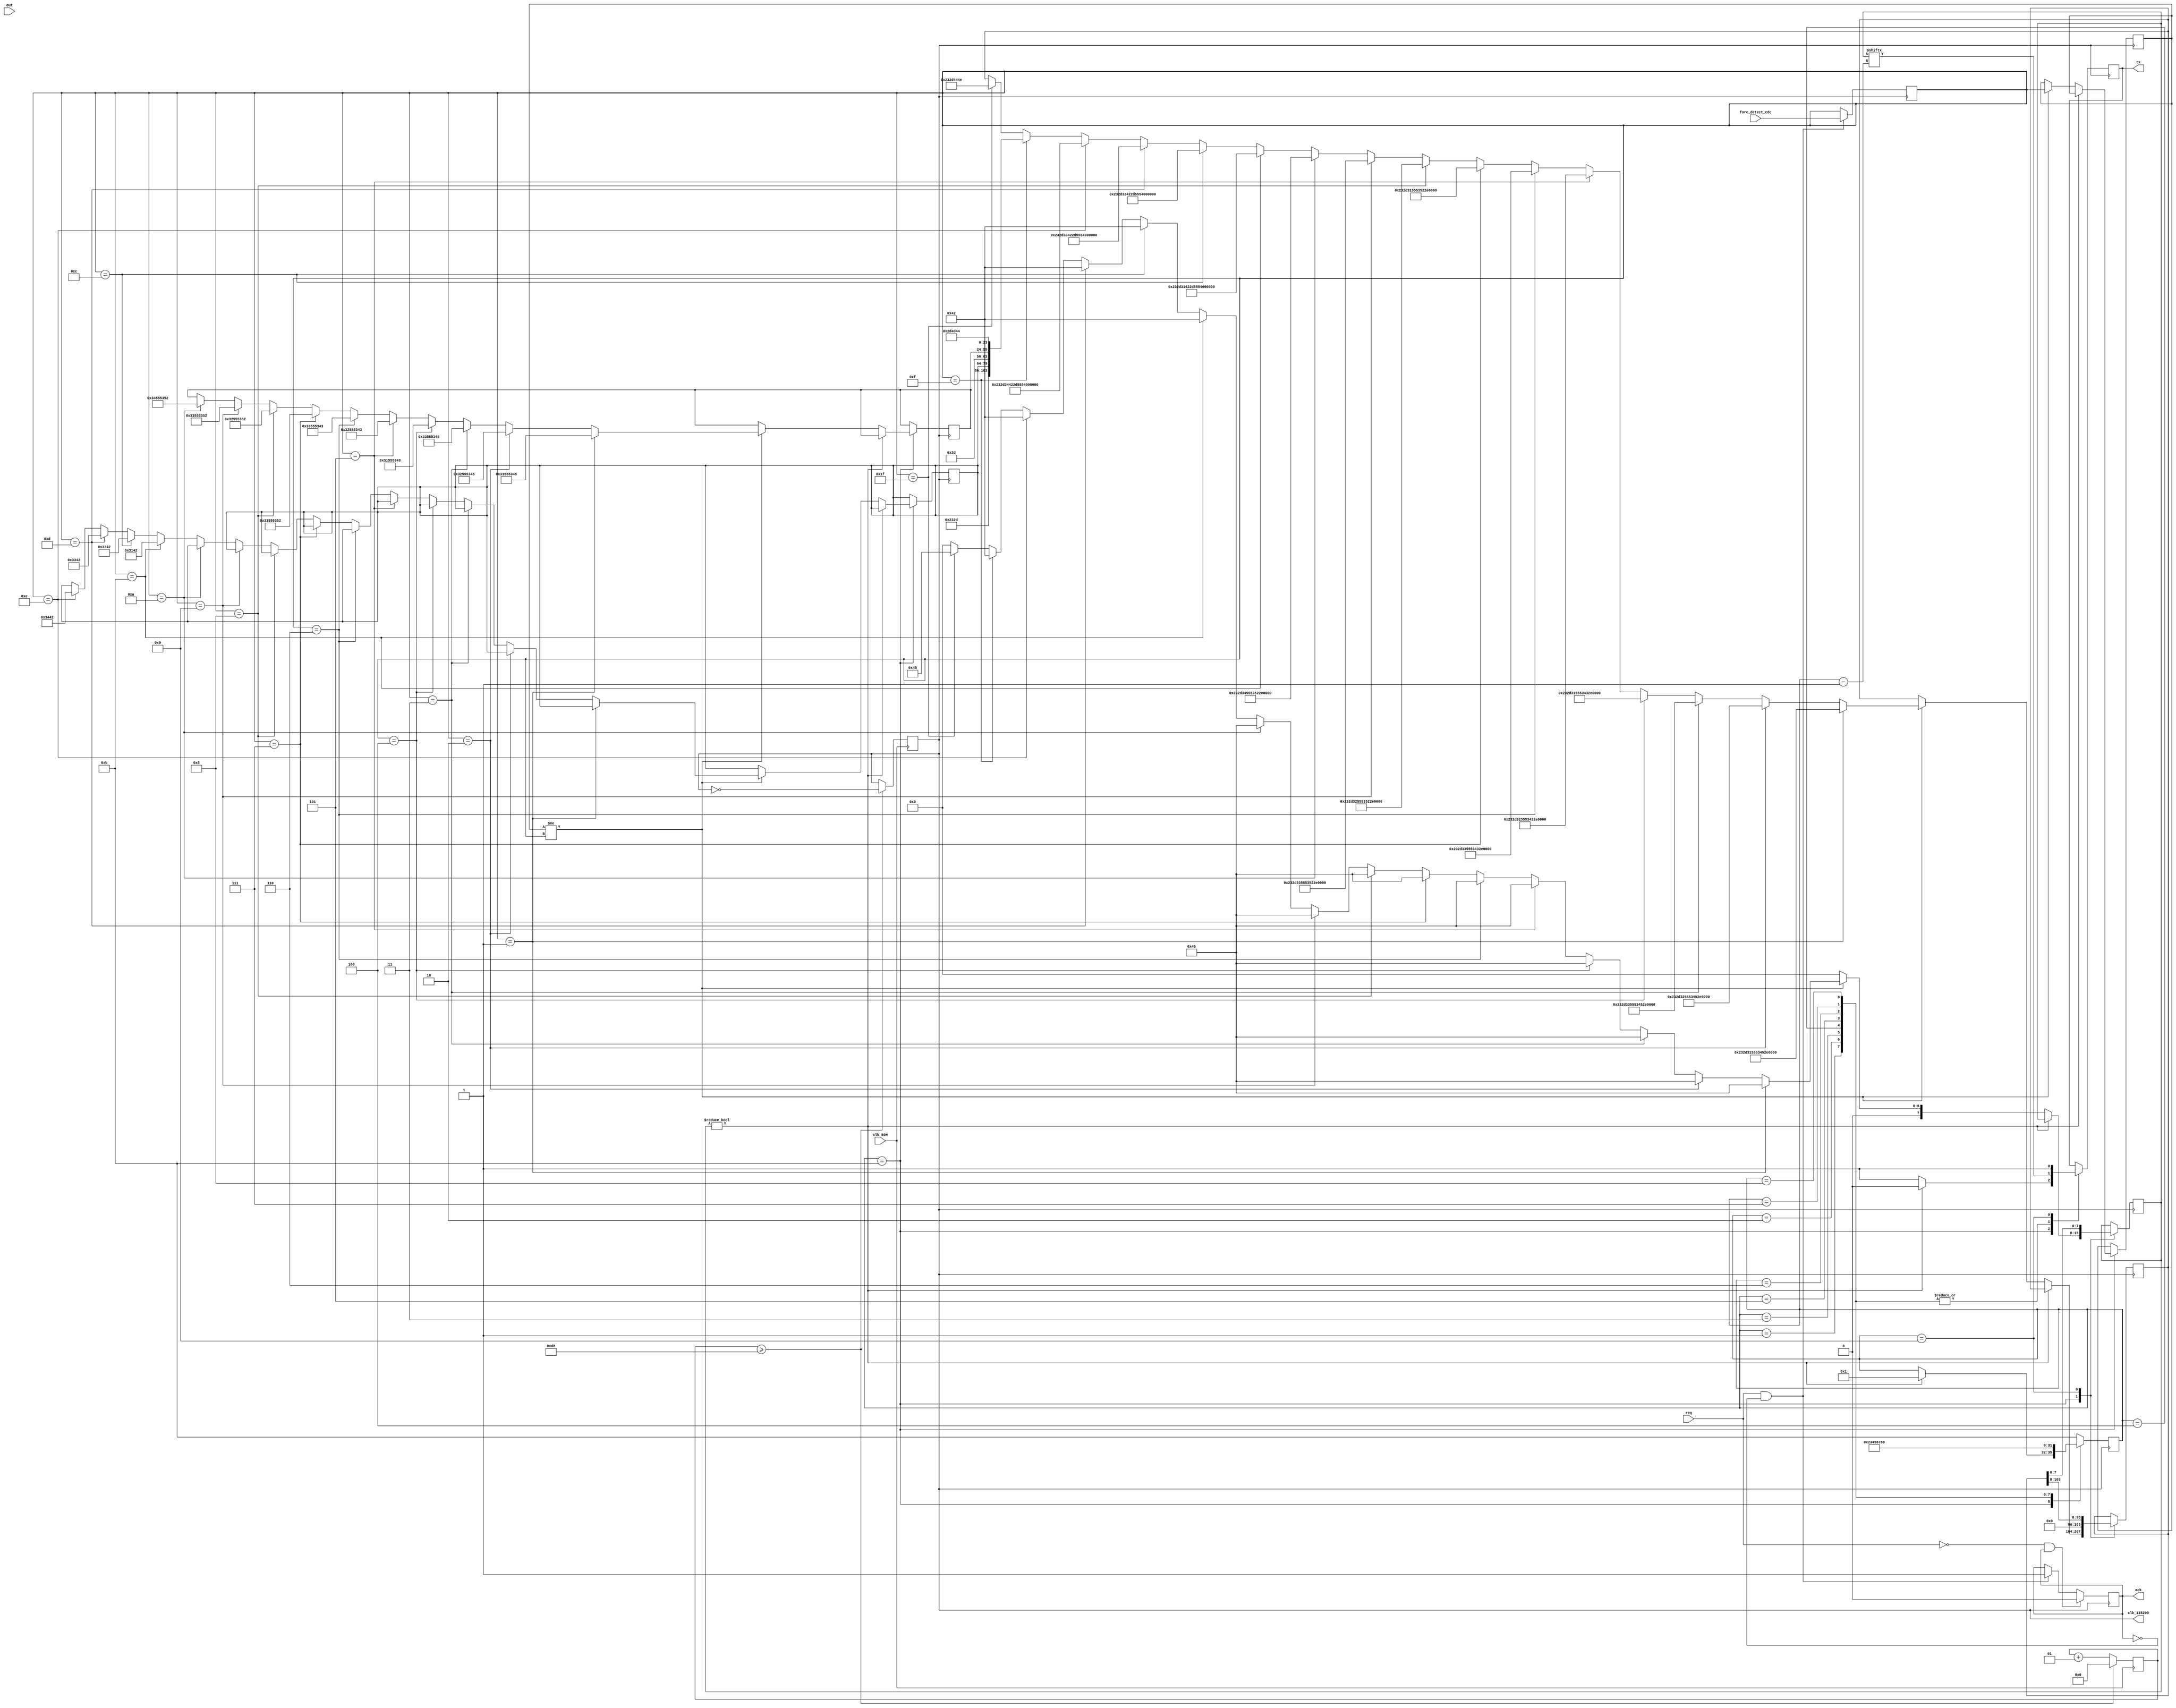
/*
# Team ID:          2396
# Theme:            AstroTinker Bot
# Author List:      Anirudh bhogi
# Filename:         uart_tx
# File Description: Used to transmit appropriate messages from AB to CH
# Global variables: None
*/
module uart_tx(
    input  clk_50M,
	 input out,
	 input  [4:0] forc_detect_cdc,
    output reg tx,
	 input req,
	 output reg ack,
	 output reg clk_115200
);
integer count=0;
integer j=0;//Index of 10 bits(inlcuding start and stop bits) of the 8 bit word that is being transmitted
parameter S0=0,S1=1,S2=2,S3=3,S4=4,S5=5,S6=6,S7=7,S8=8,S9=9,S10=10,idle =11;
reg [3:0] state=idle;
reg [4:0] prev_forc;
integer counter=216;
integer index=0;
reg [103:0] memory;
reg [7:0] data;
reg [4:0] forc_detect;
integer base;
reg cdc_state;
reg flag = 0;
reg [4:0]   ESU1 = 5'd1,
				ESU2 = 5'd2,
				ESU3 = 5'd3,
				CSU1 = 5'd4,
				CSU2 = 5'd5,
				CSU3 = 5'd6,
				RSU1 = 5'd7,
				RSU2 = 5'd8,
				RSU3 = 5'd9,
				RSU4 = 5'd10,
				B1	  = 5'd11,
				B2	  = 5'd12,
				B3   = 5'd13,
				B4   = 5'd14,
				BDM  = 5'd15,
				STOP = 5'd31;
reg [31:0] unit_name;
reg [15:0] block_name;
initial begin
	tx = 1; clk_115200 = 0; memory = 0; data = 0; flag = 0; unit_name = 0; block_name = 0; prev_forc = 5'b0; forc_detect = 5'b0; ack = 1'b0; cdc_state = S0;
end

/*
Purpose:
Generation of 115200 Hz clock to achieve data transmission at the standard 115200 baud rate */	
always @(posedge clk_50M)
begin
	if(counter>=216)
	begin
		clk_115200<=~clk_115200;
		counter<=0;
	end
	
	else
	begin
		counter<=counter+1;
	end
end

/*
Purpose:
FSM implementation of tramitter part of uart
*/	
always @(posedge clk_115200)
begin
	case(state)
	 idle: begin 
					if(data!=0) 
					 begin state<=S1;tx<=0; end
					 else
					 begin tx<=1;
							 if(prev_forc!=forc_detect)
						    begin 
								begin
									case(forc_detect)
										ESU1 : begin memory <= "#-1USE-MI"; data <= "F";  unit_name <= "1USE"; end
										ESU2 : begin memory <= "#-2USE-MI"; data <= "F";  unit_name <= "2USE"; end
										ESU3 : begin memory <= "#-3USE-MI"; data <= "F";  unit_name <= "3USE"; end
										CSU1 : begin memory <= "#-1USC-MI"; data <= "F";  unit_name <= "1USC"; end
										CSU2 : begin memory <= "#-2USC-MI"; data <= "F";  unit_name <= "2USC"; end
										CSU3 : begin memory <= "#-3USC-MI"; data <= "F";  unit_name <= "3USC"; end
										RSU1 : begin memory <= "#-1USR-MI"; data <= "F";  unit_name <= "1USR"; end
										RSU2 : begin memory <= "#-2USR-MI"; data <= "F";  unit_name <= "2USR"; end
										RSU3 : begin memory <= "#-3USR-MI"; data <= "F";  unit_name <= "3USR"; end
										RSU4 : begin memory <= "#-4USR-MI"; data <= "F";  unit_name <= "4USR"; end
										B1	  : begin memory <= "#-1B-US-MP";data <= "B";  block_name <= "1B"; end
										B2	  : begin memory <= "#-2B-US-MP";data <= "B";  block_name <= "2B"; end
										B3	  : begin memory <= "#-3B-US-MP";data <= "B";  block_name <= "3B"; end
										B4	  : begin memory <= "#-4B-US-MP";data <= "B";  block_name <= "4B"; end
										BDM  : begin memory <= {"#-",block_name,"-",unit_name,"-MD"}; data <= "B"; end
										STOP : begin memory <= "#-DN"; data <= "E"; end
										default : begin data <= 0; end
									 endcase
								 end
								flag <= 0;
								prev_forc <= forc_detect;
							 end
							 else
								data <= 0;
					 end
			 end
		//S0: begin tx<=0;state<=S1; end
		S1: begin state<=S2;tx<=data[state-1]; end
		S2: begin state<=S3;tx<=data[state-1]; end
		S3: begin state<=S4;tx<=data[state-1]; end
		S4: begin state<=S5;tx<=data[state-1]; end
		S5: begin state<=S6;tx<=data[state-1]; end
		S6: begin state<=S7;tx<=data[state-1]; end
		S7: begin state<=S8;tx<=data[state-1]; end
		S8: begin state<=S9;tx<=data[state-1]; end
		S9: begin tx<=1;state<=idle;data<=memory[7:0];memory <= {8'b0,memory[103:8]}; end
		default: state<=idle;
	endcase
end

/*
Purpose:
CDC implementation for communication with Fault Identification module for it to sedn message regarding the fault or pilllar detected
*/	
	always @(negedge clk_115200)
	begin
		case(cdc_state)
			S0 : begin 
						if(req && !ack) begin forc_detect <= forc_detect_cdc; ack <= 1'b1;end
						if(!req && ack) begin cdc_state <= S1; ack <= 1'b0; end
				  end
			S1	: begin
						if(req && !ack) 
						begin 
							forc_detect <= forc_detect_cdc;
							ack <= 1'b1;
						end
						if(!req && ack) begin cdc_state <= S1; ack <= 1'b0; end
			     end
			default : begin cdc_state <= S1; end
		endcase
	end
endmodule